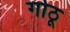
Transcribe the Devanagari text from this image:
गोठू